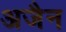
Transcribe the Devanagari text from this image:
अजैन